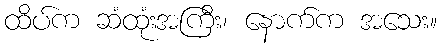
ထိပ်က ဆံထုံးအကြီး၊ နောက်က အသေး။